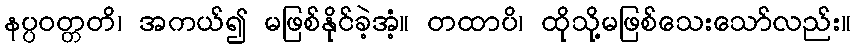
နပ္ပဝတ္တတိ၊ အကယ်၍ မဖြစ်နိုင်ခဲ့အံ့။ တထာပိ၊ ထိုသို့မဖြစ်သေးသော်လည်း။